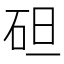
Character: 𥑲